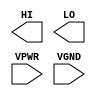
module sky130_fd_sc_hs__conb (
    HI  ,
    LO  ,
    VPWR,
    VGND
);

    output HI  ;
    output LO  ;
    input  VPWR;
    input  VGND;
endmodule